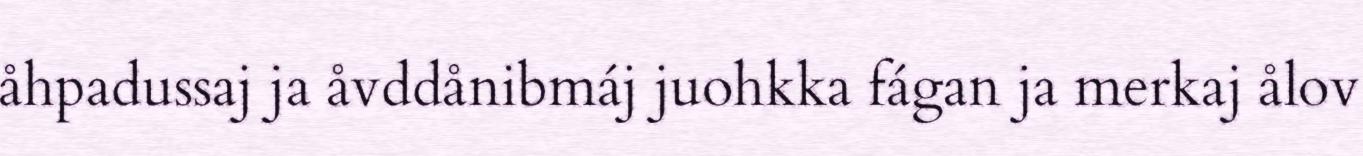
åhpadussaj ja åvddånibmáj juohkka fágan ja merkaj ålov